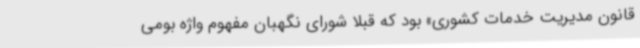
قانون مدیریت خدمات کشوری» بود که قبلاً شورای نگهبان مفهوم واژه بومی